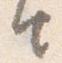
由